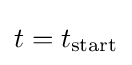
t=t_{\text{start}}